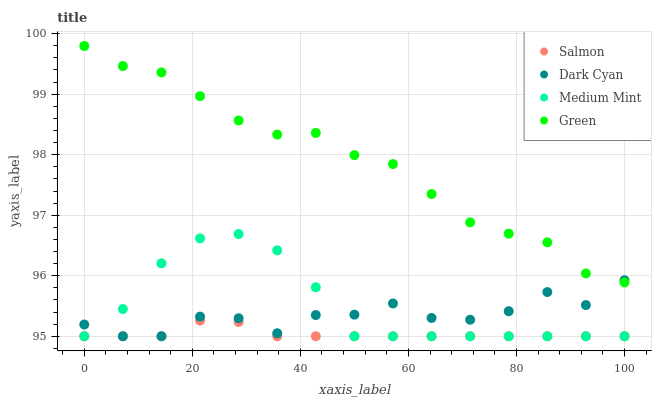
| xaxis_label | Salmon | Dark Cyan | Medium Mint | Green |
 | --- | --- | --- | --- | --- |
 | 0 | 95 | 95.2 | 95 | 99.8 |
 | 7.14 | 95 | 95 | 95.4 | 99.5 |
 | 14.3 | 95 | 95 | 96.2 | 99.4 |
 | 21.4 | 95.3 | 95.3 | 96.6 | 99 |
 | 28.6 | 95.2 | 95.3 | 96.7 | 98.6 |
 | 35.7 | 95 | 95 | 96.4 | 98.3 |
 | 42.9 | 95 | 95.4 | 95.8 | 98.4 |
 | 50 | 95 | 95.4 | 95 | 98 |
 | 57.1 | 95 | 95.5 | 95 | 97.8 |
 | 64.3 | 95 | 95.3 | 95 | 97.3 |
 | 71.4 | 95 | 95.3 | 95 | 96.9 |
 | 78.6 | 95 | 95.4 | 95 | 96.7 |
 | 85.7 | 95 | 95.7 | 95 | 96.6 |
 | 92.9 | 95 | 95.5 | 95 | 96 |
 | 100 | 95 | 95.9 | 95 | 95.9 |